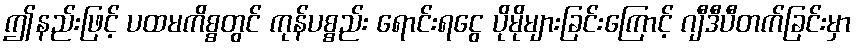
ဤနည်းဖြင့် ပထမကိစ္စတွင် ကုန်ပစ္စည်း ရောင်းရငွေ ပိုမိုများခြင်းကြောင့် ဂျီဒီပီတက်ခြင်းမှာ